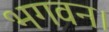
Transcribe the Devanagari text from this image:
भगवन।